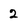
Character: 2